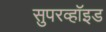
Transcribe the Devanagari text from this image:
सुपरव्हॉइड